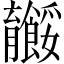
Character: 𬛠